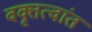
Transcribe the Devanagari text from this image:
वक्तृत्वांत